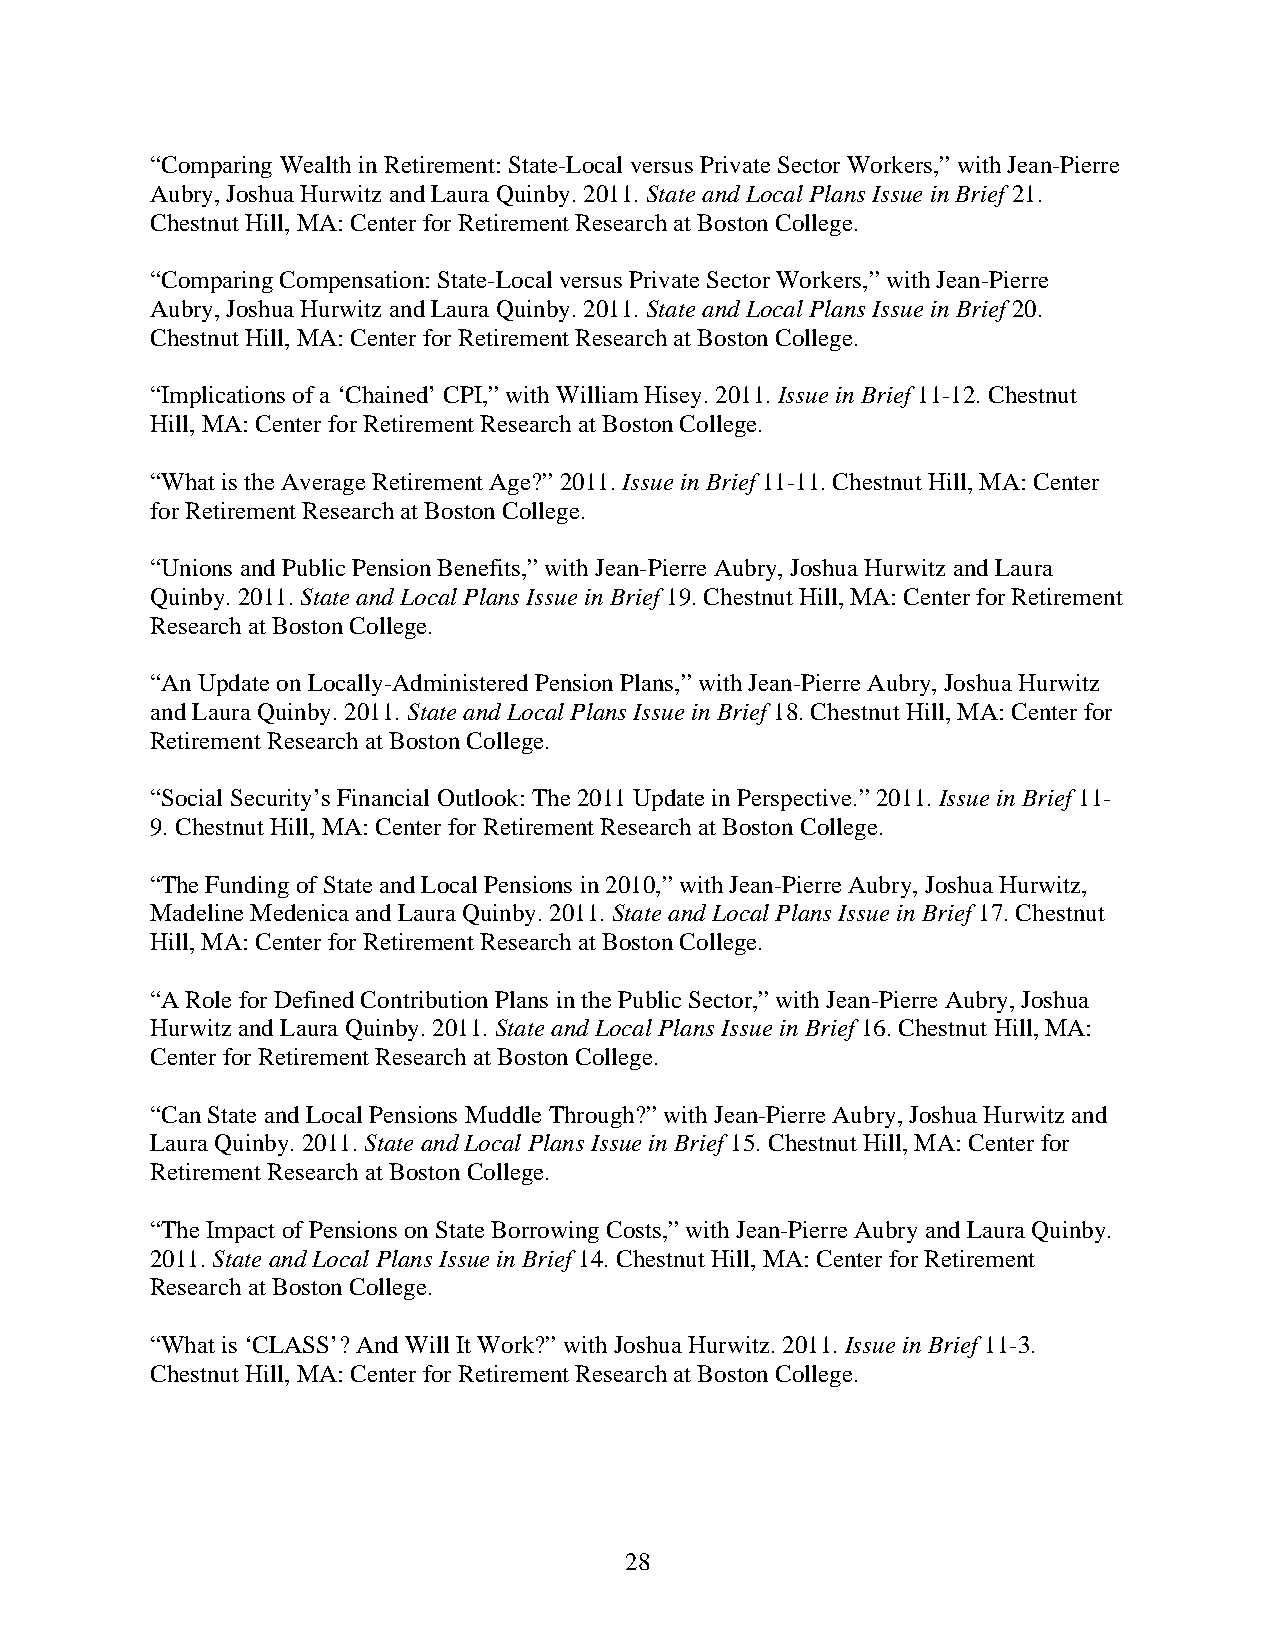
“Comparing Wealth in Retirement: State-Local versus Private Sector Workers,” with Jean-Pierre
 Aubry, Joshua Hurwitz and Laura Quinby. 2011. State and Local Plans Issue in Brief 21.
 Chestnut Hill, MA: Center for Retirement Research at Boston College.
 “Comparing Compensation: State-Local versus Private Sector Workers,” with Jean-Pierre
 Aubry, Joshua Hurwitz and Laura Quinby. 2011. State and Local Plans Issue in Brief 20.
 Chestnut Hill, MA: Center for Retirement Research at Boston College.
 “Implications of a ‘Chained’ CPI,” with William Hisey. 2011. Issue in Brief 11-12. Chestnut
 Hill, MA: Center for Retirement Research at Boston College.
 “What is the Average Retirement Age?” 2011. Issue in Brief 11-11. Chestnut Hill, MA: Center
 for Retirement Research at Boston College.
 “Unions and Public Pension Benefits,” with Jean-Pierre Aubry, Joshua Hurwitz and Laura
 Quinby. 2011. State and Local Plans Issue in Brief 19. Chestnut Hill, MA: Center for Retirement
 Research at Boston College.
 “An Update on Locally-Administered Pension Plans,” with Jean-Pierre Aubry, Joshua Hurwitz
 and Laura Quinby. 2011. State and Local Plans Issue in Brief 18. Chestnut Hill, MA: Center for
 Retirement Research at Boston College.
 “Social Security’s Financial Outlook: The 2011 Update in Perspective.” 2011. Issue in Brief 11-
 9. Chestnut Hill, MA: Center for Retirement Research at Boston College.
 “The Funding of State and Local Pensions in 2010,” with Jean-Pierre Aubry, Joshua Hurwitz,
 Madeline Medenica and Laura Quinby. 2011. State and Local Plans Issue in Brief 17. Chestnut
 Hill, MA: Center for Retirement Research at Boston College.
 “A Role for Defined Contribution Plans in the Public Sector,” with Jean-Pierre Aubry, Joshua
 Hurwitz and Laura Quinby. 2011. State and Local Plans Issue in Brief 16. Chestnut Hill, MA:
 Center for Retirement Research at Boston College.
 “Can State and Local Pensions Muddle Through?” with Jean-Pierre Aubry, Joshua Hurwitz and
 Laura Quinby. 2011. State and Local Plans Issue in Brief 15. Chestnut Hill, MA: Center for
 Retirement Research at Boston College.
 “The Impact of Pensions on State Borrowing Costs,” with Jean-Pierre Aubry and Laura Quinby.
 2011. State and Local Plans Issue in Brief 14. Chestnut Hill, MA: Center for Retirement
 Research at Boston College.
 “What is ‘CLASS’? And Will It Work?” with Joshua Hurwitz. 2011. Issue in Brief 11-3.
 Chestnut Hill, MA: Center for Retirement Research at Boston College.
 28